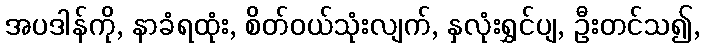
အပဒါန်ကို, နာခံရထုံး, စိတ်ဝယ်သုံးလျက်, နှလုံးရွှင်ပျ, ဦးတင်သ၍,